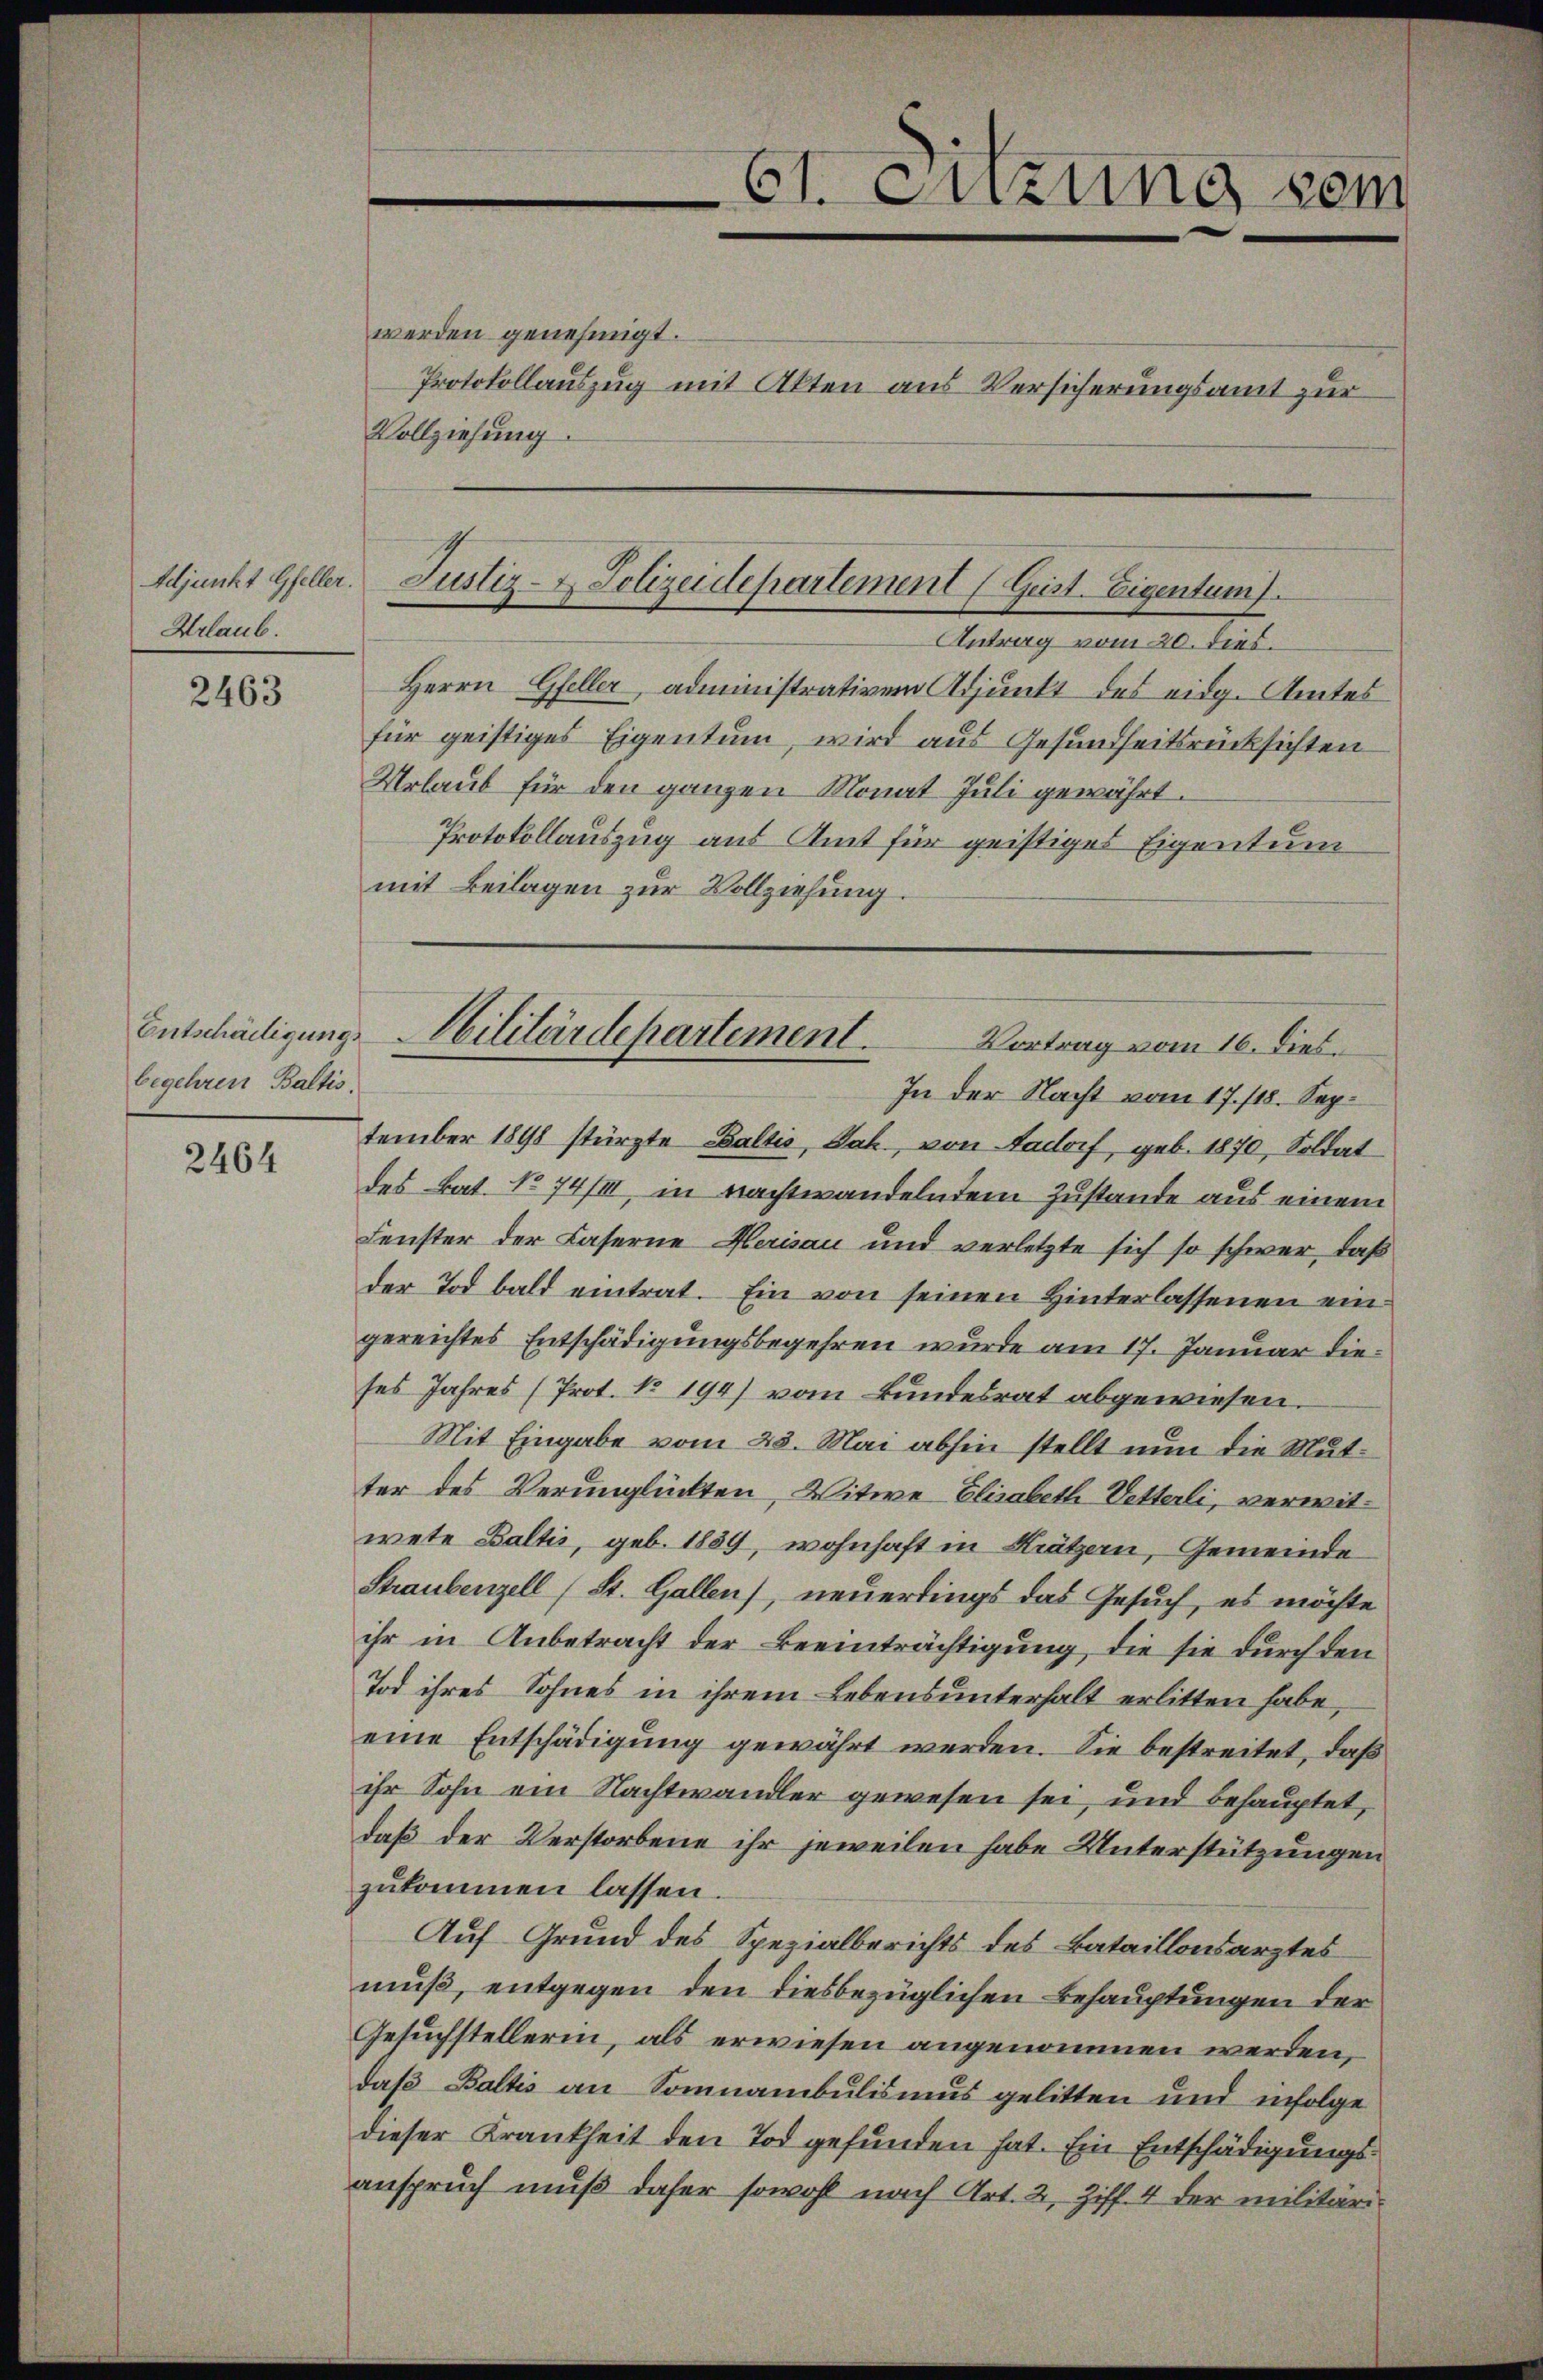
Adjunkt Gfeller.
Urlaub.

2463

begehren Baltis.

2464

werden genehmigt.
Protokollauszug mit Akten aus Versicherungsamt zur
Vollziehung.

61. anzung sein

Justiz- & Polizeidepartement (Geist. Eigentum).

Antrag vom 20. dies.
Herrn Gfeller administrativem Adjunkt des eidg. Amtes
für geistiges Eigentum, wird aus Gesundheitsrücksichten
Urlaub für den ganzen Monat Juli gewährt.
Protokollauszug aus Amt für geistiges Eigentum
mit Beilagen zur Vollziehung.
tember 1898 stürzte Baltis, Jak, von Aadorf, geb. 1870, Soldat
des Bat. No 74/III, in nachtwandelndem Zustande aus einem
Fenster der Caserne Herisau und verletzte sich so schwer, daß
der Tod bald eintrat. Ein von seinen Hinterlassenen eingereichtes Entschädigungsbegehren wurde am 17. Januar die
ses Jahres (Prot. No. 194) vom Bundesrat abgewiesen.
Mit Eingabe vom 23. Mai abhin stellt nun die Mutter des Verunglückten, Witwe Elisabeth Vetterli, verwitwete Baltis, geb. 1859, wohnhaft in Krätzern, Gemeinde
Straubenzell (St. Gallen), neuerdings das Gesuch, es möchte
ihr in Anbetracht der Beeinträchtigung, die sie durch den
Tod ihres Sohnes in ihrem Lebensunterhalt erlitten habe,
eine Entschädigung gewährt werden. Sie bestreitet, daß
ihr Sohn ein Nachtwandler gewesen sei, und behauptet,
daß der Verstorbene ihr jeweilen habe Unterstützungen
zukommen lassen.
Auf Grund des Spezialberichts des Bataillonsarztes
muß, entgegen den diesbezüglichen Behauptungen der
Gesuchstellerin, als erwiesen angenommen werden,
daß Baltis an Somnambulismus gelitten und infolge
dieser Krankheit den Tod gefunden hat. Ein Entschädigungsanspruch muß daher sowohl nach Art. 2, Ziff. 4 der militär¬

Entschädigung. Militärdepartement.
Vortrag vom 16. dies¬
In der Nacht vom 17./18. Sep¬